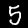
Digit: 5